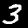
Digit: 3